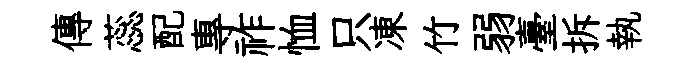
傳蕊配專祚恤只凍竹弱臺拆執